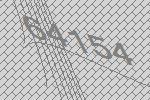
64154